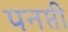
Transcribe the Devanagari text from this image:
पनप्ती